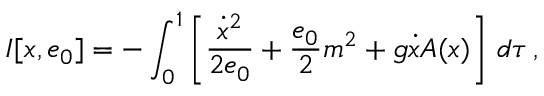
I [ x , e _ { 0 } ] = - \int _ { 0 } ^ { 1 } \left[ \frac { \dot { x } ^ { 2 } } { 2 e _ { 0 } } + \frac { e _ { 0 } } { 2 } m ^ { 2 } + g \dot { x } A ( x ) \right] \, d \tau \, ,